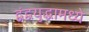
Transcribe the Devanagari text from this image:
द्वंद्वयुद्धामध्ये